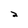
Character: 2